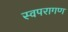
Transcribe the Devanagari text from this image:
स्वपरागण